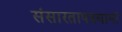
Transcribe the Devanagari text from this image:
संसारतापदघानां